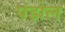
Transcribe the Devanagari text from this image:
पंडोल